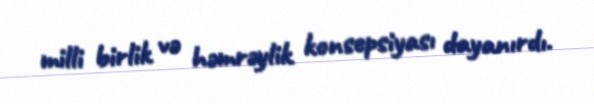
milli birlik və həmrəylik konsepsiyası dayanırdı.